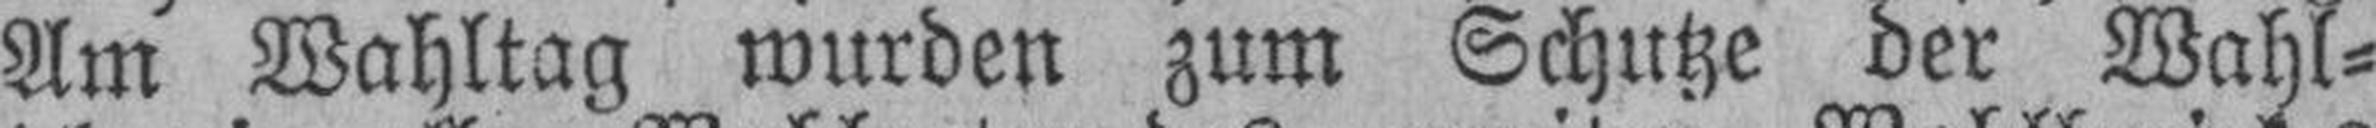
Am Wahltag wurden zum Schutze der Wahl¬